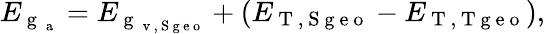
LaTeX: E_{\mathrm{~g~}_{\mathrm{~a~}}}=E_{\mathrm{~g~}_{\mathrm{~v~,~S~g~e~o~}}}+(E_{\mathrm{~T~,~S~g~e~o~}}-E_{\mathrm{~T~,~T~g~e~o~}}),